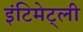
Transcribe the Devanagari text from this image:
इंटिमेट्ली